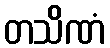
တသိဏံ